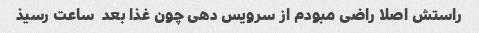
راستش اصلا راضی مبودم از سرویس دهی چون غذا بعد  ساعت رسیذ